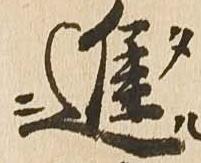
進